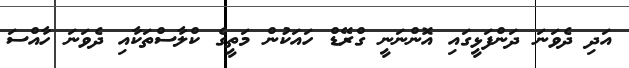
އަދި ދެވަނަ ދަންފަޅީގައި އޮންނަނީ ގްރޭޑް ހައަކުން މަތީގެ ކްލާސްތަކާއި ދެވަނަ ހާއްސަ